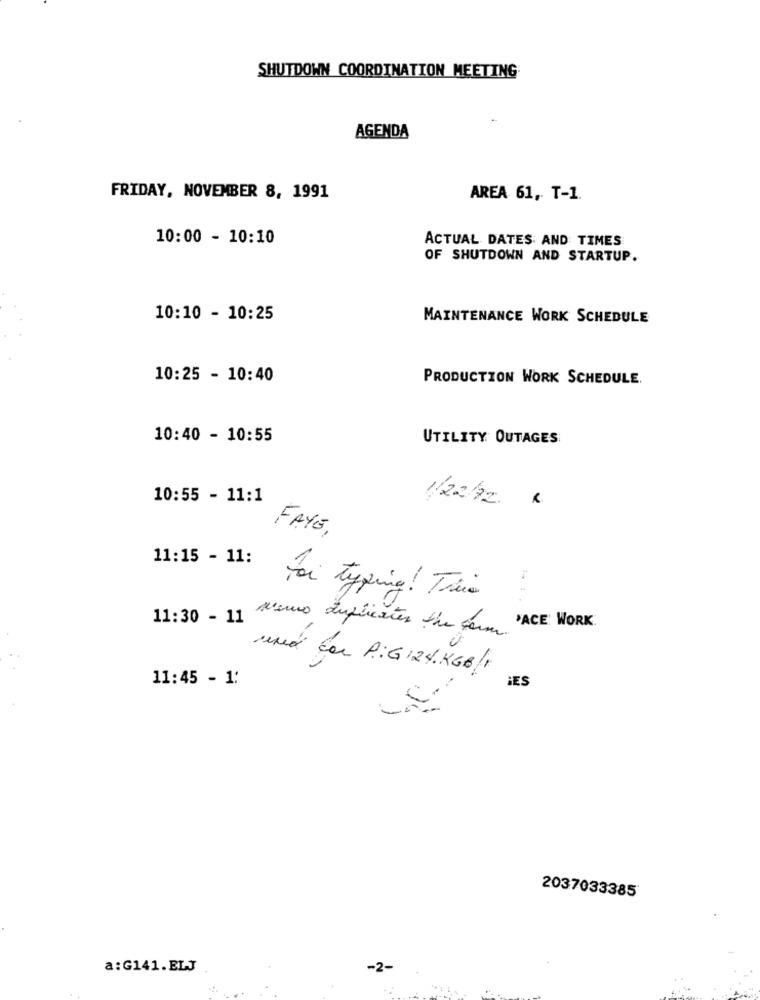
SHUTDOWN COORDINATION MEETING
AGENDA
FRIDAY, NOVEMBER 8, 1991
AREA 61, T-1.
10:00 - 10:10
ACTUAL DATES AND TIMES
OF SHUTDOWN AND STARTUP.
10:10 - 10:25
MAINTENANCE WORK SCHEDULE
10:25 - 10:40
PRODUCTION WORK SCHEDULE.
10:40 - 10:55
UTILITY OUTAGES
10:55 - 11:1
1/22/12. .
FAYE
11:15 - 11:
Foi typing ! Trui
11:30 - 11
News duplicates the comm 'ACE WORK.
und con A:G 124. KGB/1
11:45 - 1:
DES
2037033385
a: G141.ELJ
-2-
.